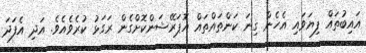
އައިބުތައް ފިޔަވައި އެހެން ގިނަ ކަންތައްތައް އޮޕަރޭޝަންކޮށްގެން ރަގަޅު ކުރެވެއެވެ. އަދި އެފަދަ